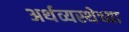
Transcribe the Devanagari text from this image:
अर्थव्यस्थेच्या